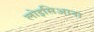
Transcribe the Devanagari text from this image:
लोइसिआना